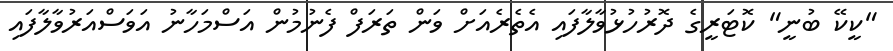
"ކީކޭ ބުނީ" ކޮޓަރީގެ ދޮރުހުޅުވާލާފައި އެތެރެއަށް ވަން ތަރަފް ފެނުމުން އަސްމަހާނު އަވަސްއަރުވާލާފައި